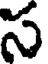
స